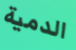
الدمية